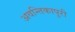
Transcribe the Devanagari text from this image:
अवन्तिकापुरी